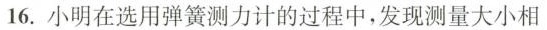
16.小明在选用弹簧测力计的过程中，发现测量大小相